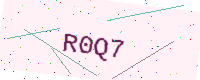
Text: R0Q7